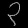
Digit: ၃